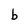
Character: b